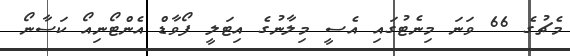
މެޗުގެ 66 ވަނަ މިނެޓުގައި އެސީ މިލާނުގެ އިޓަލީ ފޯވާޑް އެންޓޯނިއޯ ކަސާނޯ